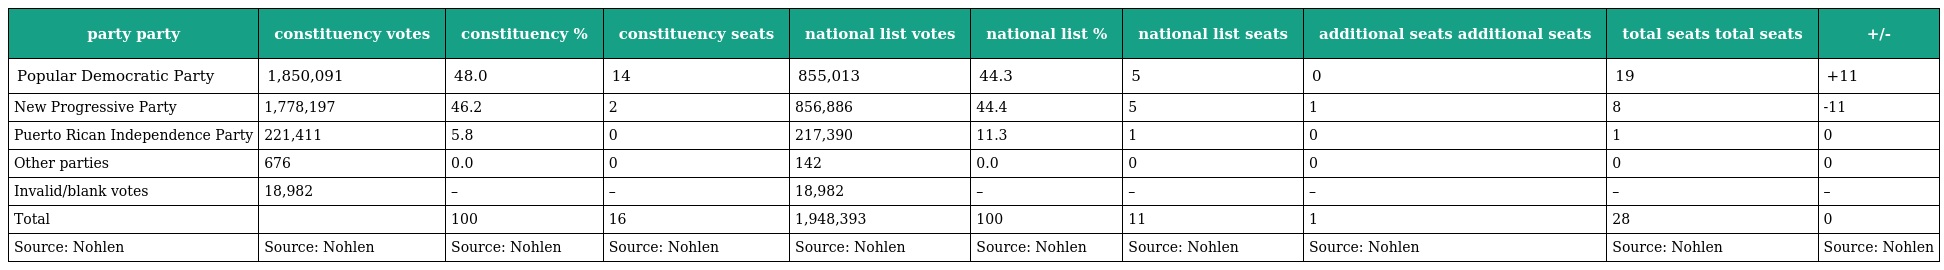
| party party | constituency votes | constituency % | constituency seats | national list votes | national list % | national list seats | additional seats additional seats | total seats total seats | +/- |
 | --- | --- | --- | --- | --- | --- | --- | --- | --- | --- |
 | Popular Democratic Party | 1,850,091 | 48.0 | 14 | 855,013 | 44.3 | 5 | 0 | 19 | +11 |
 | New Progressive Party | 1,778,197 | 46.2 | 2 | 856,886 | 44.4 | 5 | 1 | 8 | -11 |
 | Puerto Rican Independence Party | 221,411 | 5.8 | 0 | 217,390 | 11.3 | 1 | 0 | 1 | 0 |
 | Other parties | 676 | 0.0 | 0 | 142 | 0.0 | 0 | 0 | 0 | 0 |
 | Invalid/blank votes | 18,982 | – | – | 18,982 | – | – | – | – | – |
 | Total |  | 100 | 16 | 1,948,393 | 100 | 11 | 1 | 28 | 0 |
 | Source: Nohlen | Source: Nohlen | Source: Nohlen | Source: Nohlen | Source: Nohlen | Source: Nohlen | Source: Nohlen | Source: Nohlen | Source: Nohlen | Source: Nohlen |